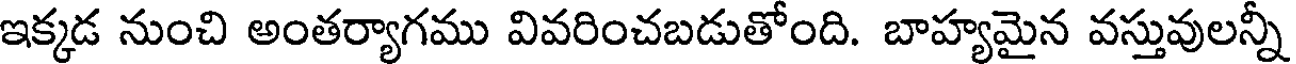
ఇక్కడ నుంచి అంతర్యాగము వివరించబడుతోంది. బాహ్యమైన వస్తువులన్నీ